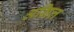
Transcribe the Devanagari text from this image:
अग़िल